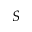
S